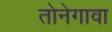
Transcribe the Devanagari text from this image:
तोनेगावा